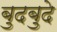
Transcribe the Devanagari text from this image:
बुदबुदे